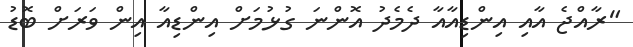
"ރާއްޖެ އާއި އިންޑިއާއާ ދެމެދު އޮންނަ ގުޅުމަށް އިންޑިއާ އިން ވަރަށް ބޮޑު